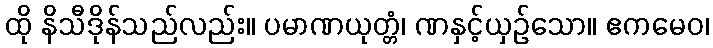
ထို နိသီဒိုန်သည်လည်း။ ပမာဏယုတ္တံ၊ ဏနှင့်ယှဉ်သော။ ဧကမေဝ၊